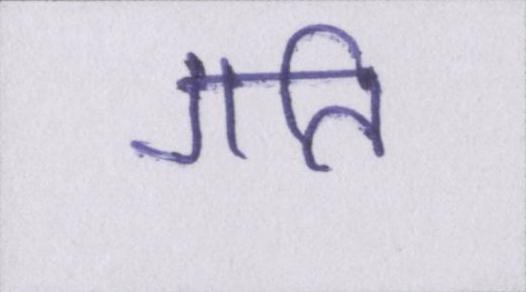
गति